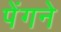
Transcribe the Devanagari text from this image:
पेंगने